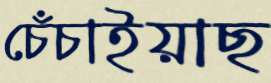
চেঁচাইয়াছ